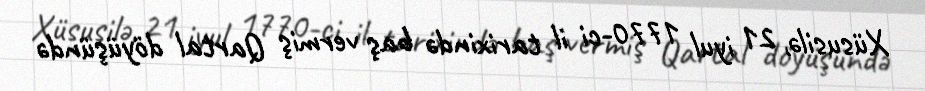
Xüsusilə, 21 iyul 1770-ci il tarixində baş vermiş Qartal döyüşündə